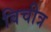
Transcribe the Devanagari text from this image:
विचीत्र